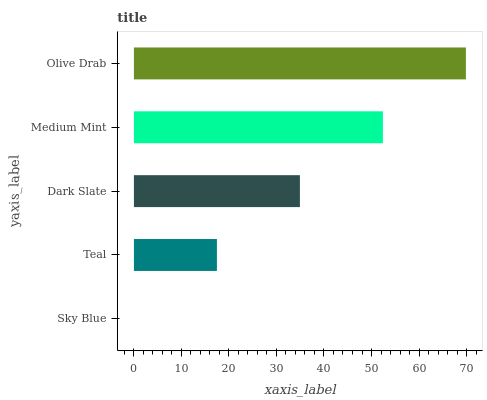
| yaxis_label | bars |
 | --- | --- |
 | Sky Blue | 0 |
 | Teal | 17.5 |
 | Dark Slate | 34.9 |
 | Medium Mint | 52.4 |
 | Olive Drab | 69.9 |